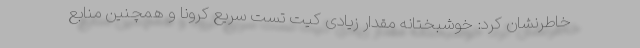
خاطرنشان کرد: خوشبختانه مقدار زیادی کیت تست سریع کرونا و همچنین منابع